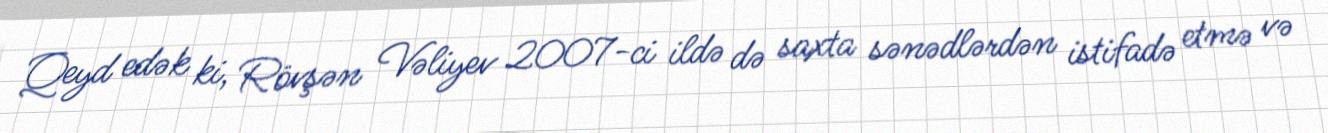
Qeyd edək ki, Rövşən Vəliyev 2007-ci ildə də saxta sənədlərdən istifadə etmə və